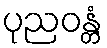
ပုညဝန္တံ